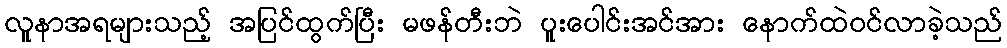
လူနာအရများသည့် အပြင်ထွက်ပြီး မဖန်တီးဘဲ ပူးပေါင်းအင်အား နောက်ထဲဝင်လာခဲ့သည်